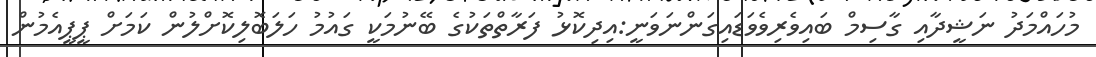
މުހައްމަދު ނަޝީދާއި ގާސިމް ބައިވެރިވެވަޑައިގަންނަވަނީ:އިދިކޮޅު ފަރާތްތަކުގެ ބޭނުމަކީ ގައުމު ހަލަބޮލިކޮށްލުން ކަމަށް ޕީޕީއެމުން